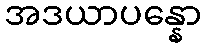
အဒယာပန္နော